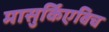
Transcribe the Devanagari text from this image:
मासुर्किएविच